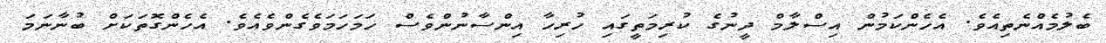
ބެލުމެއްނެތިއެވެ. އެހެންކަމުން އިސްލާމް ދީނުގެ ކުރިމަތީގައި ހުރިހާ އިންސާނުންވެސް ހަމަހަމަވެގެންވެއެވެ. އެހެންގޮތަކަށް ބުނާނަމަ